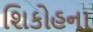
શિકોહના